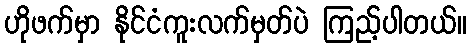
ဟိုဖက်မှာ နိုင်ငံကူးလက်မှတ်ပဲ ကြည့်ပါတယ်။